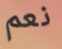
نعم